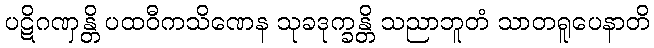
ပဋိဂဏှန္တိ ပထဝီကသိဏေန သုခဒုက္ခန္တိ သညာဘူတံ သာတရူပေနာတိ